Day School Certificate (Lower), 1932
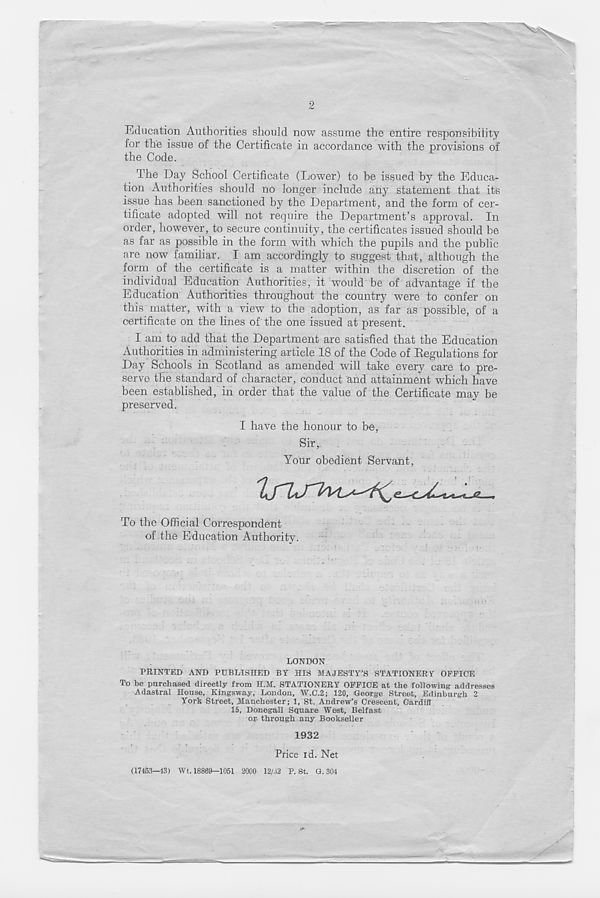
2
Education Authorities should now assume the entire responsibility
for the issue of the Certificate in accordance with the provisions of
the Code.
The Day School Certificate (Lower) to be issued by the Educa-
tion Authorities should no longer include any statement that its
issue has been sanctioned by the Department, and the form of cer-
tificate adopted will not require the Department’s approval. In
order, however, to secure continuity, the certificates issued should be
as far as possible in the form with which the pupils and the public
are now familiar. I am accordingly to suggest that, although the
form of the certificate is a matter within the discretion of the
individual Education Authorities, it would be of advantage if the
Education Authorities throughout the country were to confer on
this matter, with a view to the adoption, as far as possible, of a
certificate on the lines of the one issued at present.
I am to add that the Department are satisfied that the Education
Authorities in administering article 18 of the Code of Regulations for
Day Schools in Scotland as amended will take every care to pre-
serve the standard of character, conduct and attainment which have
been established, in order that the value of the Certificate may be
preserved.
I have the honour to be,
Sir,.
Your obedient Servant,
To the Official Correspondent
of the Education Authority.
LONDON
PRINTED AND PUBLISHED BY HIS MAJESTY’S STATIONERY OFFICE
To be purchased directly from H.M. STATIONERY OFFICE at the following addresses
Adastral House, Kingsway, London, W.C.2; 120, George Street, Edinburgh 2
York Street, Manchester; 1, St. Andrew’s Crescent, Cardiff
15, Donegall Square West, Belfast
or through any Bookseller
1932
Price id. Net
(17453-43) Wt. 18869-1051 2000 12/32 P. St. G. 304